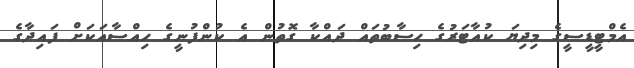
އެމްޓީޑީސީގެ މިދިޔަ ކުއާޓަރުގެ ހިސާބުތައް ދައްކާ ގޮތުން އެ ކުންފުނީގެ ހިއްސާއަކަށް ފައިދާގެ